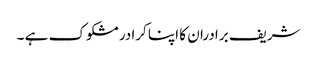
شریف برادران کا اپنا کرادر مشکوک ہے ۔